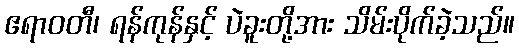
ဧရာဝတီ၊ ရန်ကုန်နှင့် ပဲခူးတို့အား သိမ်းပိုက်ခဲ့သည်။